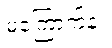
မကြောက်နဲ့။